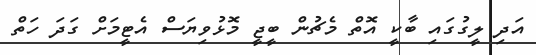
އަދި ލީގުގައި ބާކީ އޮތް މެޗުން ބީޖީ މޮޅުވިޔަސް އެޓީމަށް ގަދަ ހަތް